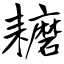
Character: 耱